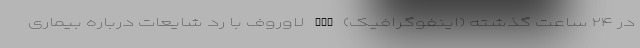
در ۲۴ ساعت گذشته (اینفوگرافیک) nan لاوروف با رد شایعات درباره بیماری